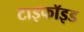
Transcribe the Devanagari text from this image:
टाइफॉइड